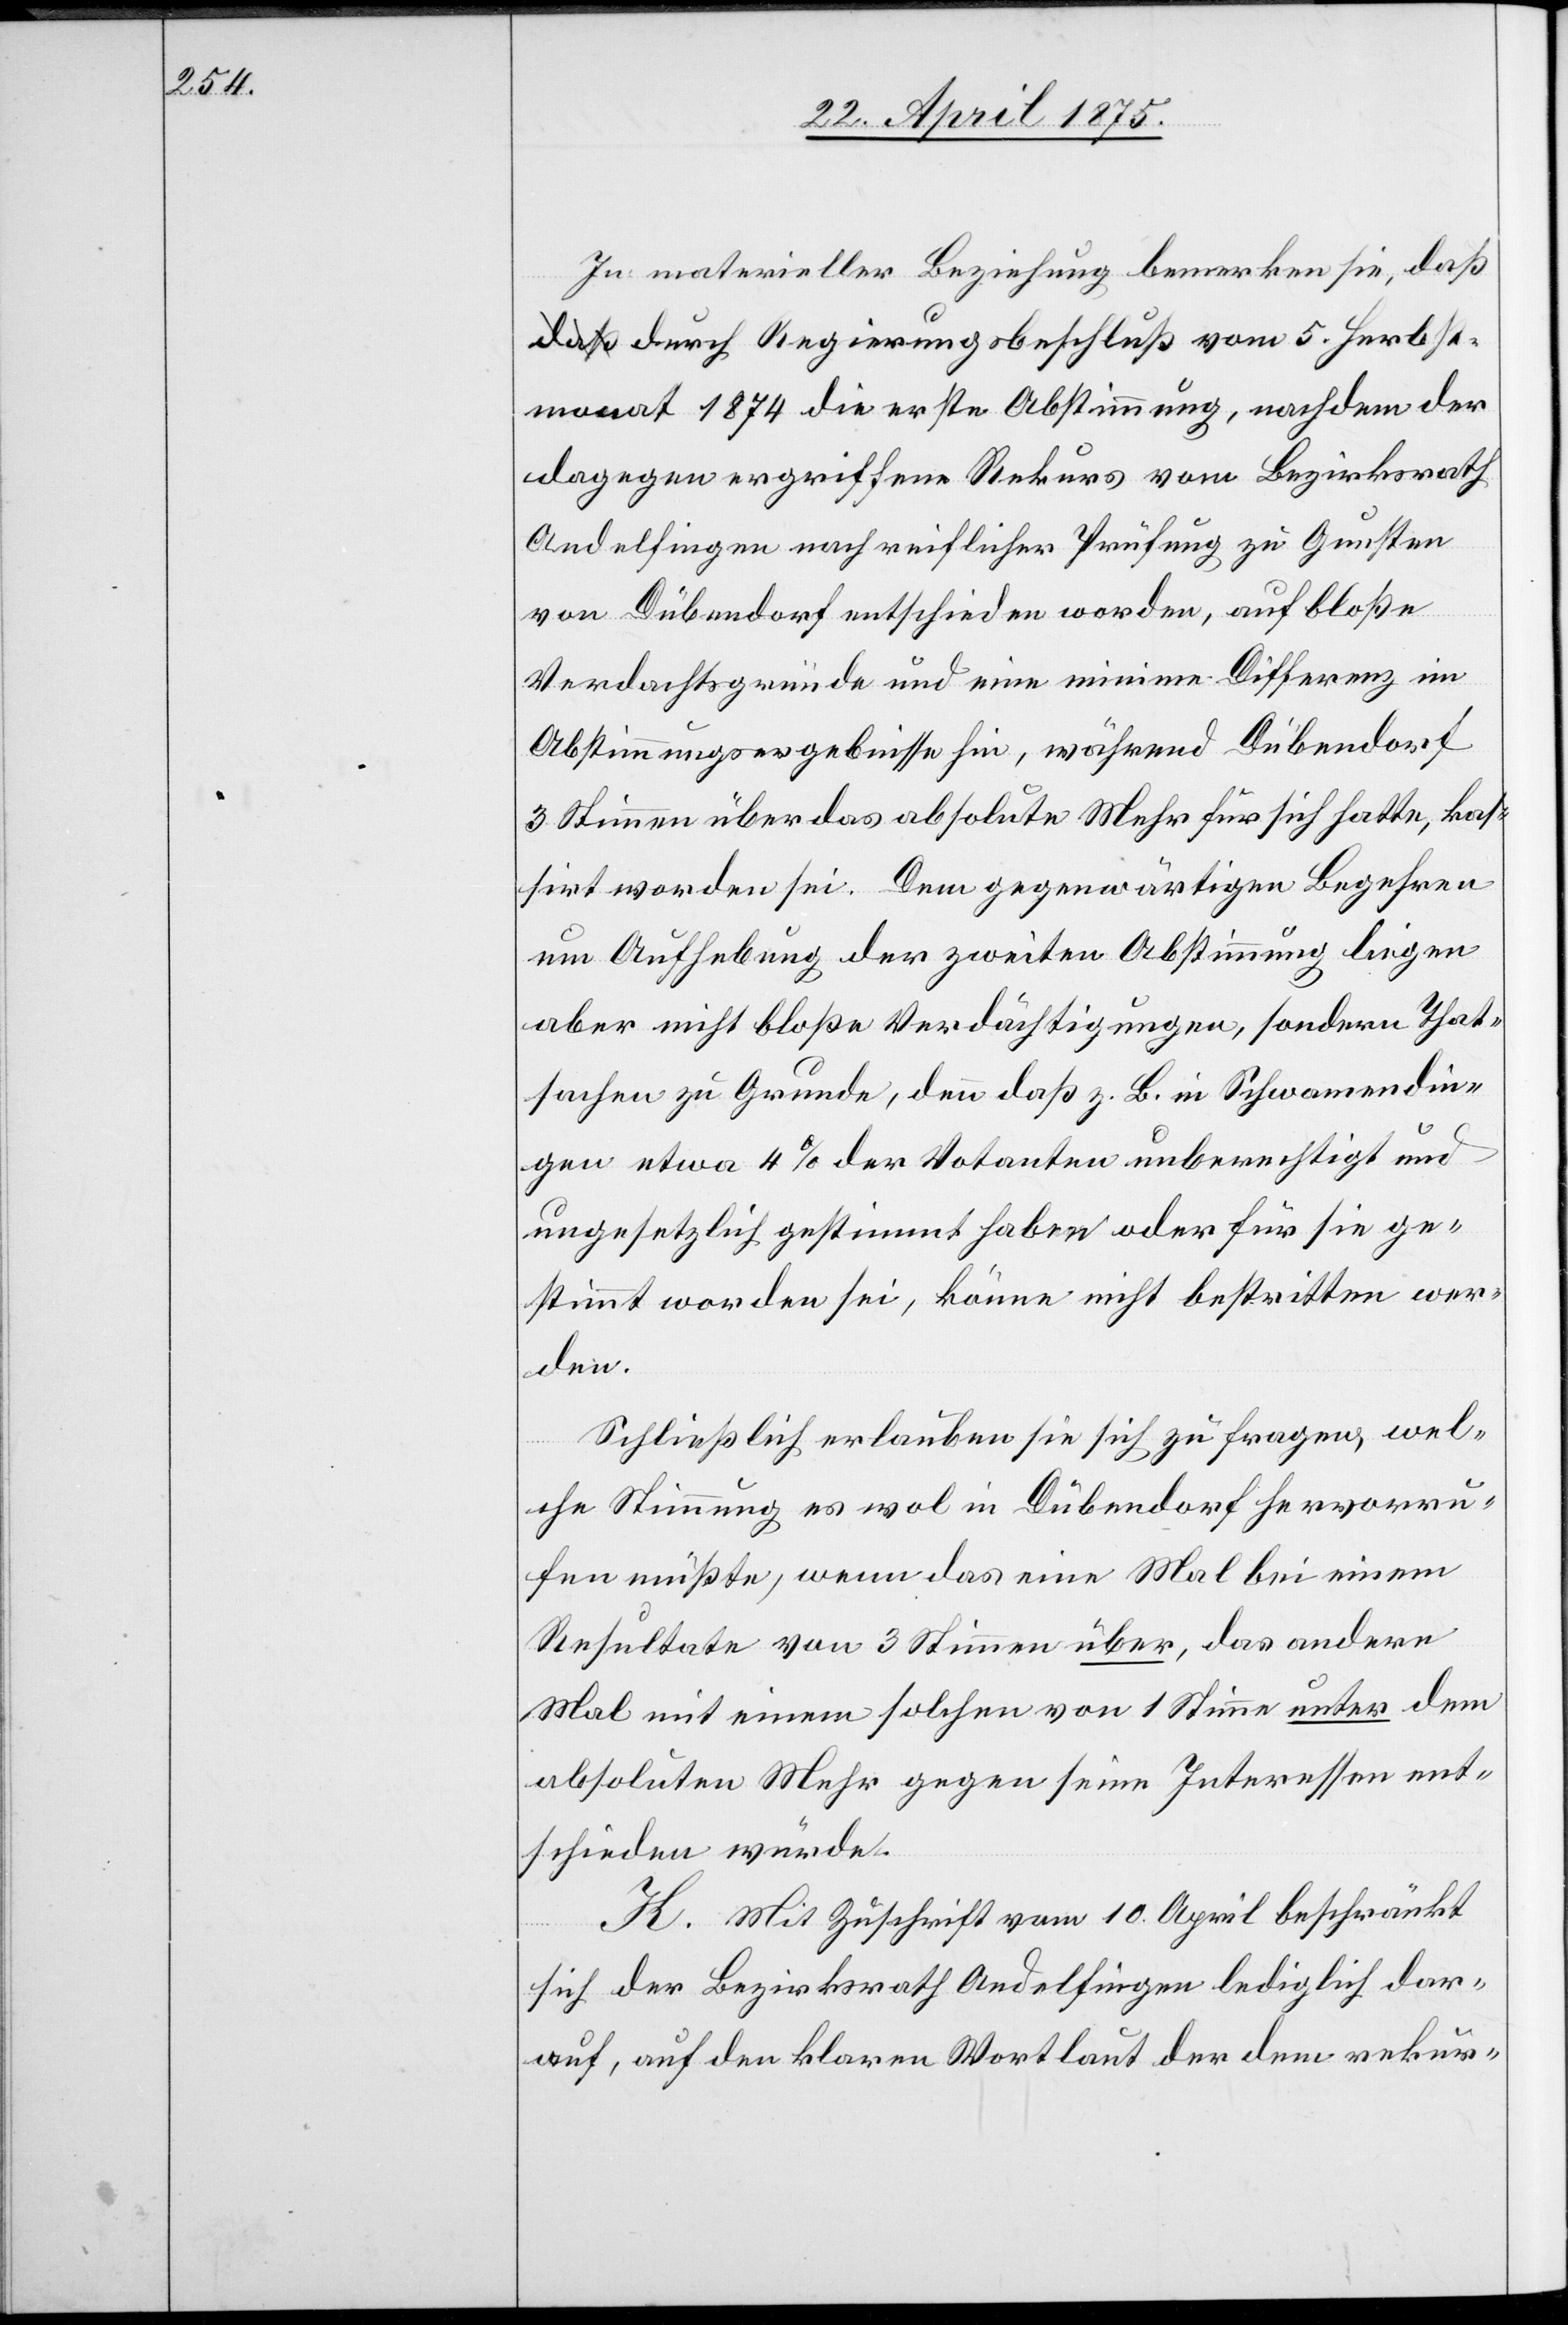
In materieller Beziehung bemerken sie, da¬
ß durch Regierungsbeschluß vom 5. Herbst¬
monat 1874 die erste Abstimmung, nachdem der
dagegen ergriffenen Rekurs vom Bezirksrath
Andelfingen nach reichlicher Prüfung zu Gunsten
von Dübendorf entschieden worden, auf bloße
Verdachtsgründe und eine minime Differenz im
Abstimmungsergebnisse hin, während Dübendorf
3 Stimmen über das absolute Mehr für sich hatte, kas¬
sirt worden sei. Dem gegenwärtigen Begehren
um Aufhebung der zweiten Abstimmung liegen
aber nicht bloße Verdächtigungen, sondern That¬
sachen zu Grunde, denn daß z. B. in Schwamendin¬
gen etwa 4% der Votanten unberechtigt und
ungesetzlich gestimmt haben oder für sie ge¬
stimmt worden sei, könne nicht bestritten wer¬
den.
Schließlich erlauben sie sich zu fragen, wel¬
che Stimmung es wol in Dübendorf hervorru¬
fen müßte, wenn das eine Mal bei einem
Resultate von 3 Stimmen über, das andere
Mal mit einem solchen von 1 Stimme unter dem
absoluten Mehr gegen seine Interessen ent¬
schieden würde.
K. Mit Zuschrift vom 10. April beschränkt
sich der Bezirksrath Andelfingen lediglich dar¬
auf, auf den klaren Wortlaut der dem rekur-